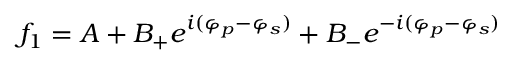
f _ { 1 } = A + B _ { + } e ^ { i ( \varphi _ { p } - \varphi _ { s } ) } + B _ { - } e ^ { - i ( \varphi _ { p } - \varphi _ { s } ) }